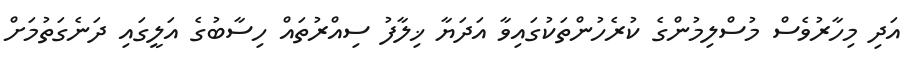
އަދި މިހާރުވެސް މުސްލިމުންގެ ކުރެހުންތަކުގައިވާ އަދަޔާ ޚިލާފު ސިއްރުތައް ހިސާބުގެ އަލީގައި ދަނެގަތުމަށް